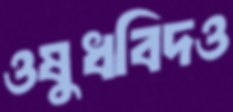
ওষুধবিদও